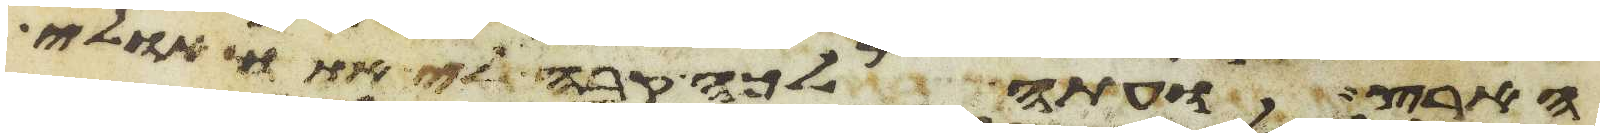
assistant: הארץ ועתה לכה קבה לי אתו אולי